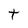
Character: t